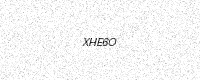
Text: XHE6O